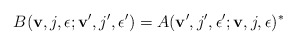
\begin{align*}B({\bf v},j,\epsilon;{\bf v}',j',\epsilon')=A({\bf v}',j',\epsilon';{\bf v},j,\epsilon)^*\end{align*}